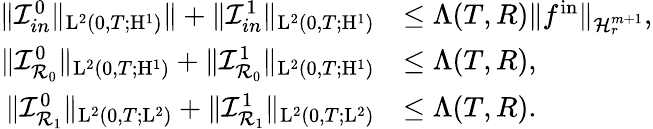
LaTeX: \begin{array}{rl}{\Vert\mathcal{I}_{in}^{0}\Vert_{\mathrm{L}^{2}(0,T;\mathrm{H}^{1})}\Vert+\Vert\mathcal{I}_{in}^{1}\Vert_{\mathrm{L}^{2}(0,T;\mathrm{H}^{1})}}&{\leq\Lambda(T,R)\Vert f^{\mathrm{in}}\Vert_{\mathcal{H}_{r}^{m+1}},}\\ {\Vert\mathcal{I}_{\mathcal{R}_{0}}^{0}\Vert_{\mathrm{L}^{2}(0,T;\mathrm{H}^{1})}+\Vert\mathcal{I}_{\mathcal{R}_{0}}^{1}\Vert_{\mathrm{L}^{2}(0,T;\mathrm{H}^{1})}}&{\leq\Lambda(T,R),}\\ {\Vert\mathcal{I}_{\mathcal{R}_{1}}^{0}\Vert_{\mathrm{L}^{2}(0,T;\mathrm{L}^{2})}+\Vert\mathcal{I}_{\mathcal{R}_{1}}^{1}\Vert_{\mathrm{L}^{2}(0,T;\mathrm{L}^{2})}}&{\leq\Lambda(T,R).}\end{array}